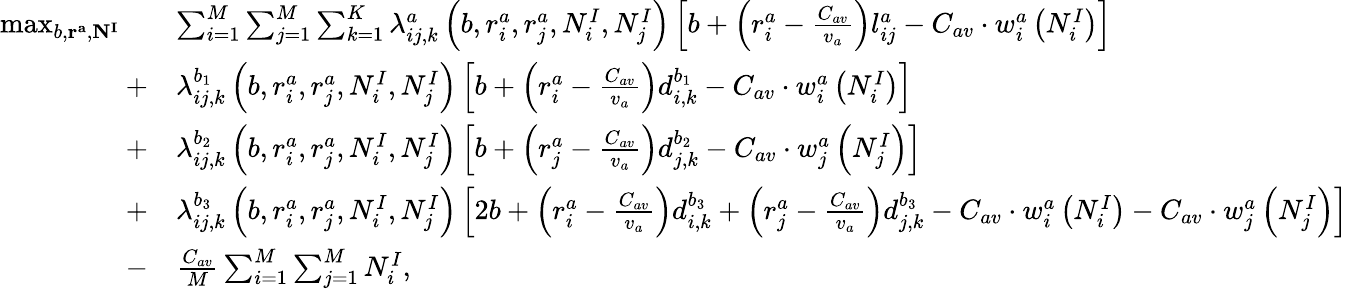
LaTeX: \begin{array}{rl}{\operatorname*{max}_{b,\mathbf{r^{a}},\mathbf{N^{I}}}\quad}&{\sum_{i=1}^{M}\sum_{j=1}^{M}\sum_{k=1}^{K}\lambda_{ij,k}^{a}\left(b,r_{i}^{a},r_{j}^{a},N_{i}^{I},N_{j}^{I}\right)\left[b+\left(r_{i}^{a}-\frac{C_{av}}{v_{a}}\right)l_{ij}^{a}-C_{av}\cdot w_{i}^{a}\left(N_{i}^{I}\right)\right]}\\ {+}&{\lambda_{ij,k}^{b_{1}}\left(b,r_{i}^{a},r_{j}^{a},N_{i}^{I},N_{j}^{I}\right)\left[b+\left(r_{i}^{a}-\frac{C_{av}}{v_{a}}\right)d_{i,k}^{b_{1}}-C_{av}\cdot w_{i}^{a}\left(N_{i}^{I}\right)\right]}\\ {+}&{\lambda_{ij,k}^{b_{2}}\left(b,r_{i}^{a},r_{j}^{a},N_{i}^{I},N_{j}^{I}\right)\left[b+\left(r_{j}^{a}-\frac{C_{av}}{v_{a}}\right)d_{j,k}^{b_{2}}-C_{av}\cdot w_{j}^{a}\left(N_{j}^{I}\right)\right]}\\ {+}&{\lambda_{ij,k}^{b_{3}}\left(b,r_{i}^{a},r_{j}^{a},N_{i}^{I},N_{j}^{I}\right)\left[2b+\left(r_{i}^{a}-\frac{C_{av}}{v_{a}}\right)d_{i,k}^{b_{3}}+\left(r_{j}^{a}-\frac{C_{av}}{v_{a}}\right)d_{j,k}^{b_{3}}-C_{av}\cdot w_{i}^{a}\left(N_{i}^{I}\right)-C_{av}\cdot w_{j}^{a}\left(N_{j}^{I}\right)\right]}\\ {-}&{\frac{C_{av}}{M}\sum_{i=1}^{M}\sum_{j=1}^{M}N_{i}^{I},}\end{array}